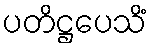
ပတိဋ္ဌပေသိံ